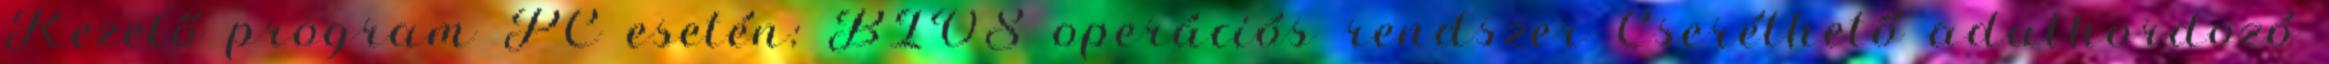
Kezelő program PC esetén: BIOS operációs rendszer Cserélhető adathordozó